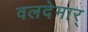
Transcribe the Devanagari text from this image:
वलदेमार्